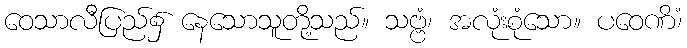
ဝေသာလီပြည်၌ နေသောသူတို့သည်။ သဗ္ဗံ၊ အလုံးစုံသော။ ပဝေဏိံ၊